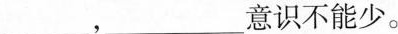
___，___意识不能少。